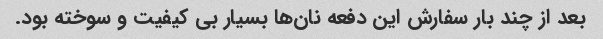
بعد از چند بار سفارش این دفعه نان‌ها بسیار بی کیفیت و سوخته بود.